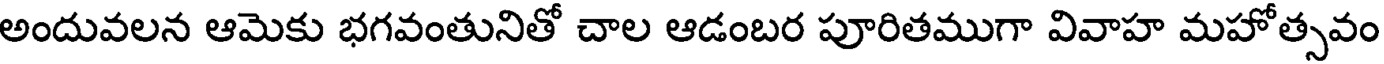
అందువలన ఆమెకు భగవంతునితో చాల ఆడంబర పూరితముగా వివాహ మహోత్సవం